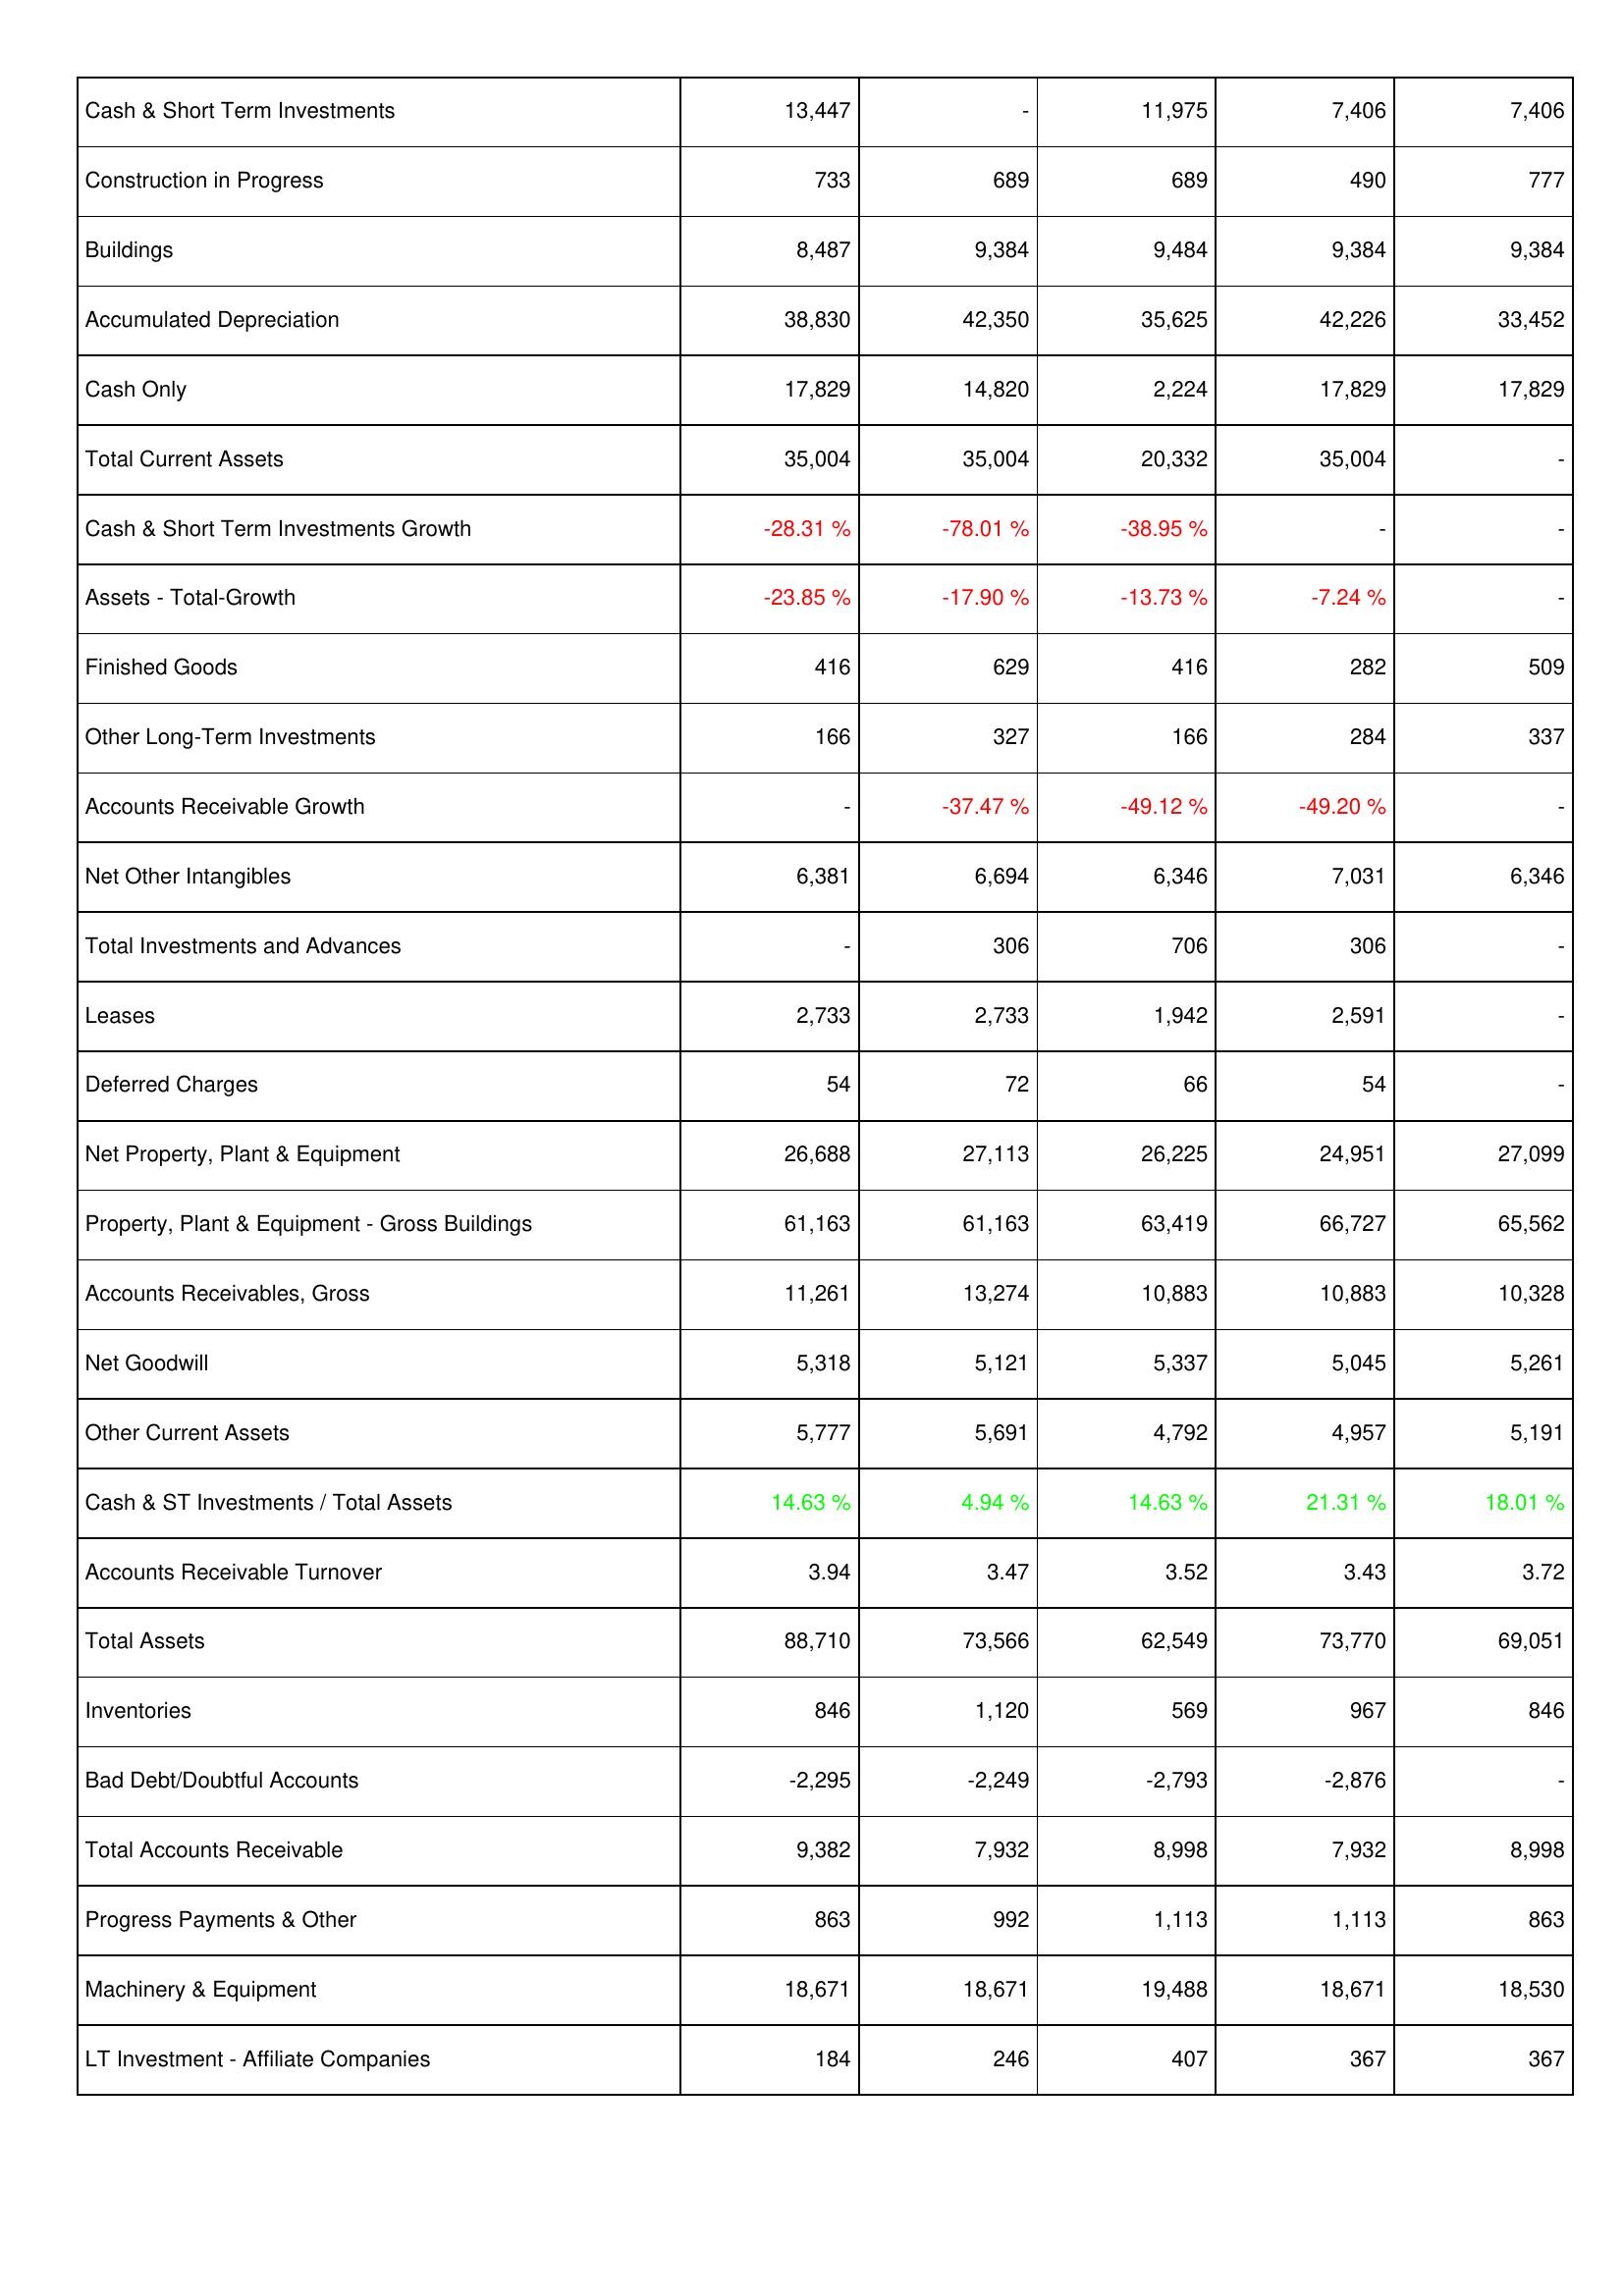
2015: Assets: Cash & Short Term Investments: 13,447
Construction in Progress: 733
Buildings: 8,487
Accumulated Depreciation: 38,830
Cash Only: 17,829
Total Current Assets: 35,004
Cash & Short Term Investments Growth: -28.31 %
Assets - Total-Growth: -23.85 %
Finished Goods: 416
Other Long-Term Investments: 166
Accounts Receivable Growth: -
Net Other Intangibles: 6,381
Total Investments and Advances: -
Leases: 2,733
Deferred Charges: 54
Net Property, Plant & Equipment: 26,688
Property, Plant & Equipment - Gross Buildings: 61,163
Accounts Receivables, Gross: 11,261
Net Goodwill: 5,318
Other Current Assets: 5,777
Cash & ST Investments / Total Assets: 14.63 %
Accounts Receivable Turnover: 3.94
Total Assets: 88,710
Inventories: 846
Bad Debt/Doubtful Accounts: -2,295
Total Accounts Receivable: 9,382
Progress Payments & Other: 863
Machinery & Equipment: 18,671
LT Investment - Affiliate Companies: 184
2016: Assets: Cash & Short Term Investments: -
Construction in Progress: 689
Buildings: 9,384
Accumulated Depreciation: 42,350
Cash Only: 14,820
Total Current Assets: 35,004
Cash & Short Term Investments Growth: -78.01 %
Assets - Total-Growth: -17.90 %
Finished Goods: 629
Other Long-Term Investments: 327
Accounts Receivable Growth: -37.47 %
Net Other Intangibles: 6,694
Total Investments and Advances: 306
Leases: 2,733
Deferred Charges: 72
Net Property, Plant & Equipment: 27,113
Property, Plant & Equipment - Gross Buildings: 61,163
Accounts Receivables, Gross: 13,274
Net Goodwill: 5,121
Other Current Assets: 5,691
Cash & ST Investments / Total Assets: 4.94 %
Accounts Receivable Turnover: 3.47
Total Assets: 73,566
Inventories: 1,120
Bad Debt/Doubtful Accounts: -2,249
Total Accounts Receivable: 7,932
Progress Payments & Other: 992
Machinery & Equipment: 18,671
LT Investment - Affiliate Companies: 246
2017: Assets: Cash & Short Term Investments: 11,975
Construction in Progress: 689
Buildings: 9,484
Accumulated Depreciation: 35,625
Cash Only: 2,224
Total Current Assets: 20,332
Cash & Short Term Investments Growth: -38.95 %
Assets - Total-Growth: -13.73 %
Finished Goods: 416
Other Long-Term Investments: 166
Accounts Receivable Growth: -49.12 %
Net Other Intangibles: 6,346
Total Investments and Advances: 706
Leases: 1,942
Deferred Charges: 66
Net Property, Plant & Equipment: 26,225
Property, Plant & Equipment - Gross Buildings: 63,419
Accounts Receivables, Gross: 10,883
Net Goodwill: 5,337
Other Current Assets: 4,792
Cash & ST Investments / Total Assets: 14.63 %
Accounts Receivable Turnover: 3.52
Total Assets: 62,549
Inventories: 569
Bad Debt/Doubtful Accounts: -2,793
Total Accounts Receivable: 8,998
Progress Payments & Other: 1,113
Machinery & Equipment: 19,488
LT Investment - Affiliate Companies: 407
2018: Assets: Cash & Short Term Investments: 7,406
Construction in Progress: 490
Buildings: 9,384
Accumulated Depreciation: 42,226
Cash Only: 17,829
Total Current Assets: 35,004
Cash & Short Term Investments Growth: -
Assets - Total-Growth: -7.24 %
Finished Goods: 282
Other Long-Term Investments: 284
Accounts Receivable Growth: -49.20 %
Net Other Intangibles: 7,031
Total Investments and Advances: 306
Leases: 2,591
Deferred Charges: 54
Net Property, Plant & Equipment: 24,951
Property, Plant & Equipment - Gross Buildings: 66,727
Accounts Receivables, Gross: 10,883
Net Goodwill: 5,045
Other Current Assets: 4,957
Cash & ST Investments / Total Assets: 21.31 %
Accounts Receivable Turnover: 3.43
Total Assets: 73,770
Inventories: 967
Bad Debt/Doubtful Accounts: -2,876
Total Accounts Receivable: 7,932
Progress Payments & Other: 1,113
Machinery & Equipment: 18,671
LT Investment - Affiliate Companies: 367
2019: Assets: Cash & Short Term Investments: 7,406
Construction in Progress: 777
Buildings: 9,384
Accumulated Depreciation: 33,452
Cash Only: 17,829
Total Current Assets: -
Cash & Short Term Investments Growth: -
Assets - Total-Growth: -
Finished Goods: 509
Other Long-Term Investments: 337
Accounts Receivable Growth: -
Net Other Intangibles: 6,346
Total Investments and Advances: -
Leases: -
Deferred Charges: -
Net Property, Plant & Equipment: 27,099
Property, Plant & Equipment - Gross Buildings: 65,562
Accounts Receivables, Gross: 10,328
Net Goodwill: 5,261
Other Current Assets: 5,191
Cash & ST Investments / Total Assets: 18.01 %
Accounts Receivable Turnover: 3.72
Total Assets: 69,051
Inventories: 846
Bad Debt/Doubtful Accounts: -
Total Accounts Receivable: 8,998
Progress Payments & Other: 863
Machinery & Equipment: 18,530
LT Investment - Affiliate Companies: 367